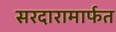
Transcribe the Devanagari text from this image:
सरदारामार्फत